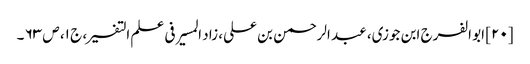
[۲۰] ابو الفرج ابن جوزی، عبد الرحمن بن علی، زاد المسیر فی علم التفسیر، ج ۱، ص ۶۳ ۔